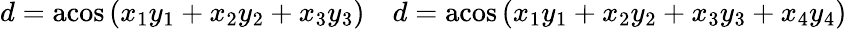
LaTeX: \begin{array}{cc}{d=\operatorname{acos}\left(x_{1}y_{1}+x_{2}y_{2}+x_{3}y_{3}\right)}&{d=\operatorname{acos}\left(x_{1}y_{1}+x_{2}y_{2}+x_{3}y_{3}+x_{4}y_{4}\right)}\end{array}